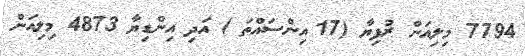
7794 މިލިއަން ރުފިޔާ (17 އިންސައްތަ ) އަދި އިންޑިޔާ 4873 މިލިއަން